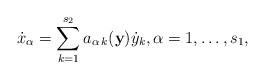
LaTeX: \begin{align*}\dot{x}_\alpha=\sum_{k=1}^{s_2}a_{\alpha\,k}(\textbf{y})\dot{y}_k,\alpha=1,\ldots,s_1,\end{align*}